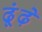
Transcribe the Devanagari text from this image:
ढूंढ़े